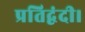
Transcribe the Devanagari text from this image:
प्रतिद्वंदी।